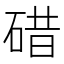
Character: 碏